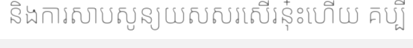
និងការសាបសូន្យយសសរសើរនុ៎ះហើយ គប្បី